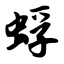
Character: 蜉